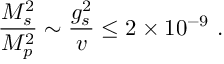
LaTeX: { \frac { M _ { s } ^ { 2 } } { M _ { p } ^ { 2 } } } \sim { \frac { g _ { s } ^ { 2 } } { v } } \leq 2 \times 1 0 ^ { - 9 } \ .